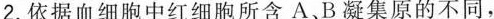
2.依据血细胞中红细胞所含A.B凝集原的不同，